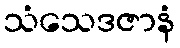
သံသေဒဇာနံ